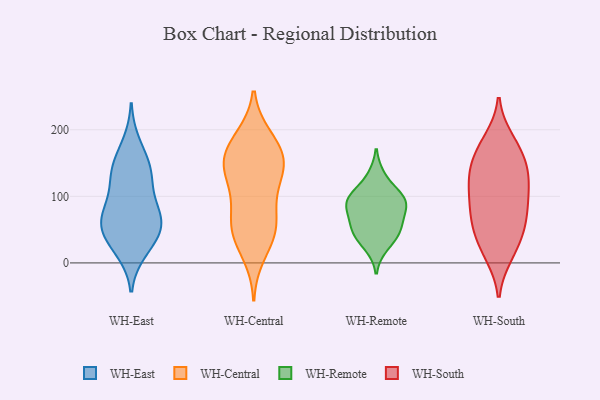
{"axis": {"x": "Market Share (%)", "y": "Value"}, "legend": ["WH-Central", "WH-East", "WH-Remote", "WH-South"], "data": [{"x": "", "y": 57, "type": "WH-East"}, {"x": "", "y": 126, "type": "WH-East"}, {"x": "", "y": 180, "type": "WH-East"}, {"x": "", "y": 43, "type": "WH-East"}, {"x": "", "y": 48, "type": "WH-East"}, {"x": "", "y": 49, "type": "WH-East"}, {"x": "", "y": 82, "type": "WH-East"}, {"x": "", "y": 22, "type": "WH-East"}, {"x": "", "y": 79, "type": "WH-East"}, {"x": "", "y": 65, "type": "WH-East"}, {"x": "", "y": 136, "type": "WH-East"}, {"x": "", "y": 150, "type": "WH-East"}, {"x": "", "y": 17, "type": "WH-East"}, {"x": "", "y": 146, "type": "WH-East"}, {"x": "", "y": 115, "type": "WH-East"}, {"x": "", "y": 75, "type": "WH-East"}, {"x": "", "y": 151, "type": "WH-Central"}, {"x": "", "y": 173, "type": "WH-Central"}, {"x": "", "y": 188, "type": "WH-Central"}, {"x": "", "y": 12, "type": "WH-Central"}, {"x": "", "y": 189, "type": "WH-Central"}, {"x": "", "y": 149, "type": "WH-Central"}, {"x": "", "y": 42, "type": "WH-Central"}, {"x": "", "y": 91, "type": "WH-Central"}, {"x": "", "y": 156, "type": "WH-Central"}, {"x": "", "y": 142, "type": "WH-Central"}, {"x": "", "y": 71, "type": "WH-Central"}, {"x": "", "y": 48, "type": "WH-Central"}, {"x": "", "y": 152, "type": "WH-Central"}, {"x": "", "y": 111, "type": "WH-Central"}, {"x": "", "y": 125, "type": "WH-Central"}, {"x": "", "y": 56, "type": "WH-Central"}, {"x": "", "y": 45, "type": "WH-Central"}, {"x": "", "y": 48, "type": "WH-Remote"}, {"x": "", "y": 25, "type": "WH-Remote"}, {"x": "", "y": 97, "type": "WH-Remote"}, {"x": "", "y": 85, "type": "WH-Remote"}, {"x": "", "y": 130, "type": "WH-Remote"}, {"x": "", "y": 43, "type": "WH-Remote"}, {"x": "", "y": 99, "type": "WH-Remote"}, {"x": "", "y": 85, "type": "WH-Remote"}, {"x": "", "y": 67, "type": "WH-Remote"}, {"x": "", "y": 98, "type": "WH-Remote"}, {"x": "", "y": 52, "type": "WH-Remote"}, {"x": "", "y": 13, "type": "WH-South"}, {"x": "", "y": 104, "type": "WH-South"}, {"x": "", "y": 122, "type": "WH-South"}, {"x": "", "y": 69, "type": "WH-South"}, {"x": "", "y": 184, "type": "WH-South"}, {"x": "", "y": 78, "type": "WH-South"}, {"x": "", "y": 143, "type": "WH-South"}, {"x": "", "y": 92, "type": "WH-South"}, {"x": "", "y": 133, "type": "WH-South"}, {"x": "", "y": 162, "type": "WH-South"}, {"x": "", "y": 114, "type": "WH-South"}, {"x": "", "y": 32, "type": "WH-South"}, {"x": "", "y": 132, "type": "WH-South"}, {"x": "", "y": 162, "type": "WH-South"}, {"x": "", "y": 69, "type": "WH-South"}, {"x": "", "y": 180, "type": "WH-South"}, {"x": "", "y": 54, "type": "WH-South"}, {"x": "", "y": 47, "type": "WH-South"}, {"x": "", "y": 14, "type": "WH-South"}]}